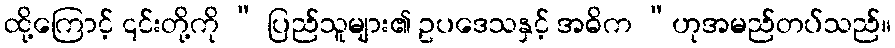
ထို့ကြောင့် ၎င်းတို့ကို “ ပြည်သူများ၏ ဥပဒေသနှင့် အဓိက “ဟုအမည်တပ်သည်။